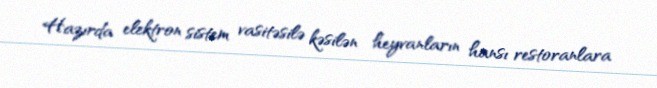
Hazırda elektron sistem vasitəsilə kəsilən heyvanların hansı restoranlara